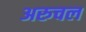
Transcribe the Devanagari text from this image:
अरुचल